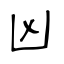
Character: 凶